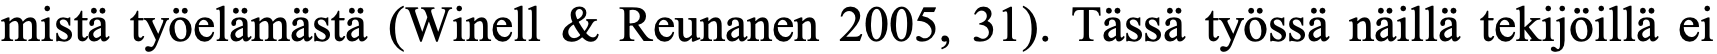
mistä työelämästä (Winell & Reunanen 2005, 31). Tässä työssä näillä tekijöillä ei